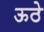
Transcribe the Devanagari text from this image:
ऊठे